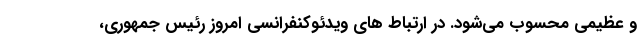
و عظیمی محسوب می‌شود. در ارتباط های ویدئوکنفرانسی امروز رئیس جمهوری،